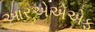
આરએએએફ